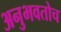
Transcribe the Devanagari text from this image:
अनुभवतोच